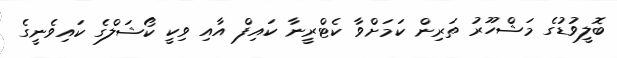
ބޮލީވުޑުގެ މަޝްހޫރު ތަރިން ކަމަށްވާ ކެޓްރީނާ ކައިފް އާއި ވިކީ ކޯޝަލްގެ ކައިވެނީގެ